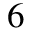
_ 6